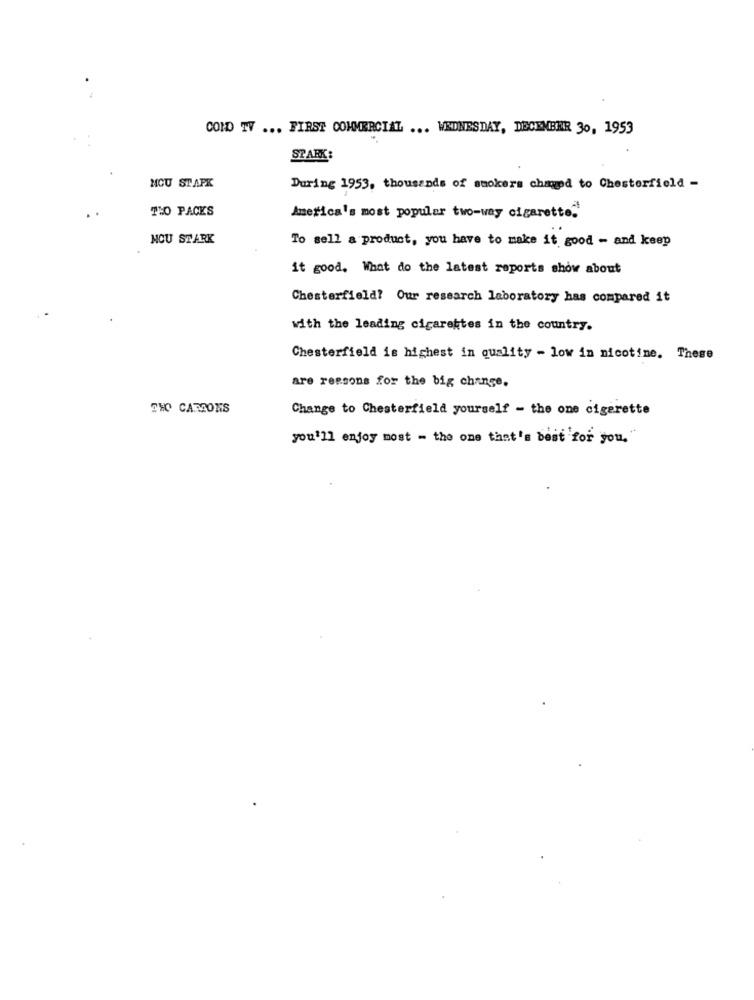
COMO TV ... FIRST COMMERCIAL ... WEDNESDAY, DECEMBER 30, 1953
STARK:
MOU STAPK
During 1953, thousands of smokers champd to Chesterfield -
THO PACKS
America's most popular two-way cigarette."
NOU STARK
To sell a product, you have to make it good - and keep
it good. What do the latest reports show about
Chesterfield? Our research laboratory has compared it
with the leading cigarettes in the country.
Chesterfield is highest in quality - low in nicotine. These
are reasons for the big change.
THO CARSONS
Change to Chesterfield yourself - the one cigarette
you'll enjoy most - the one that's best for you."